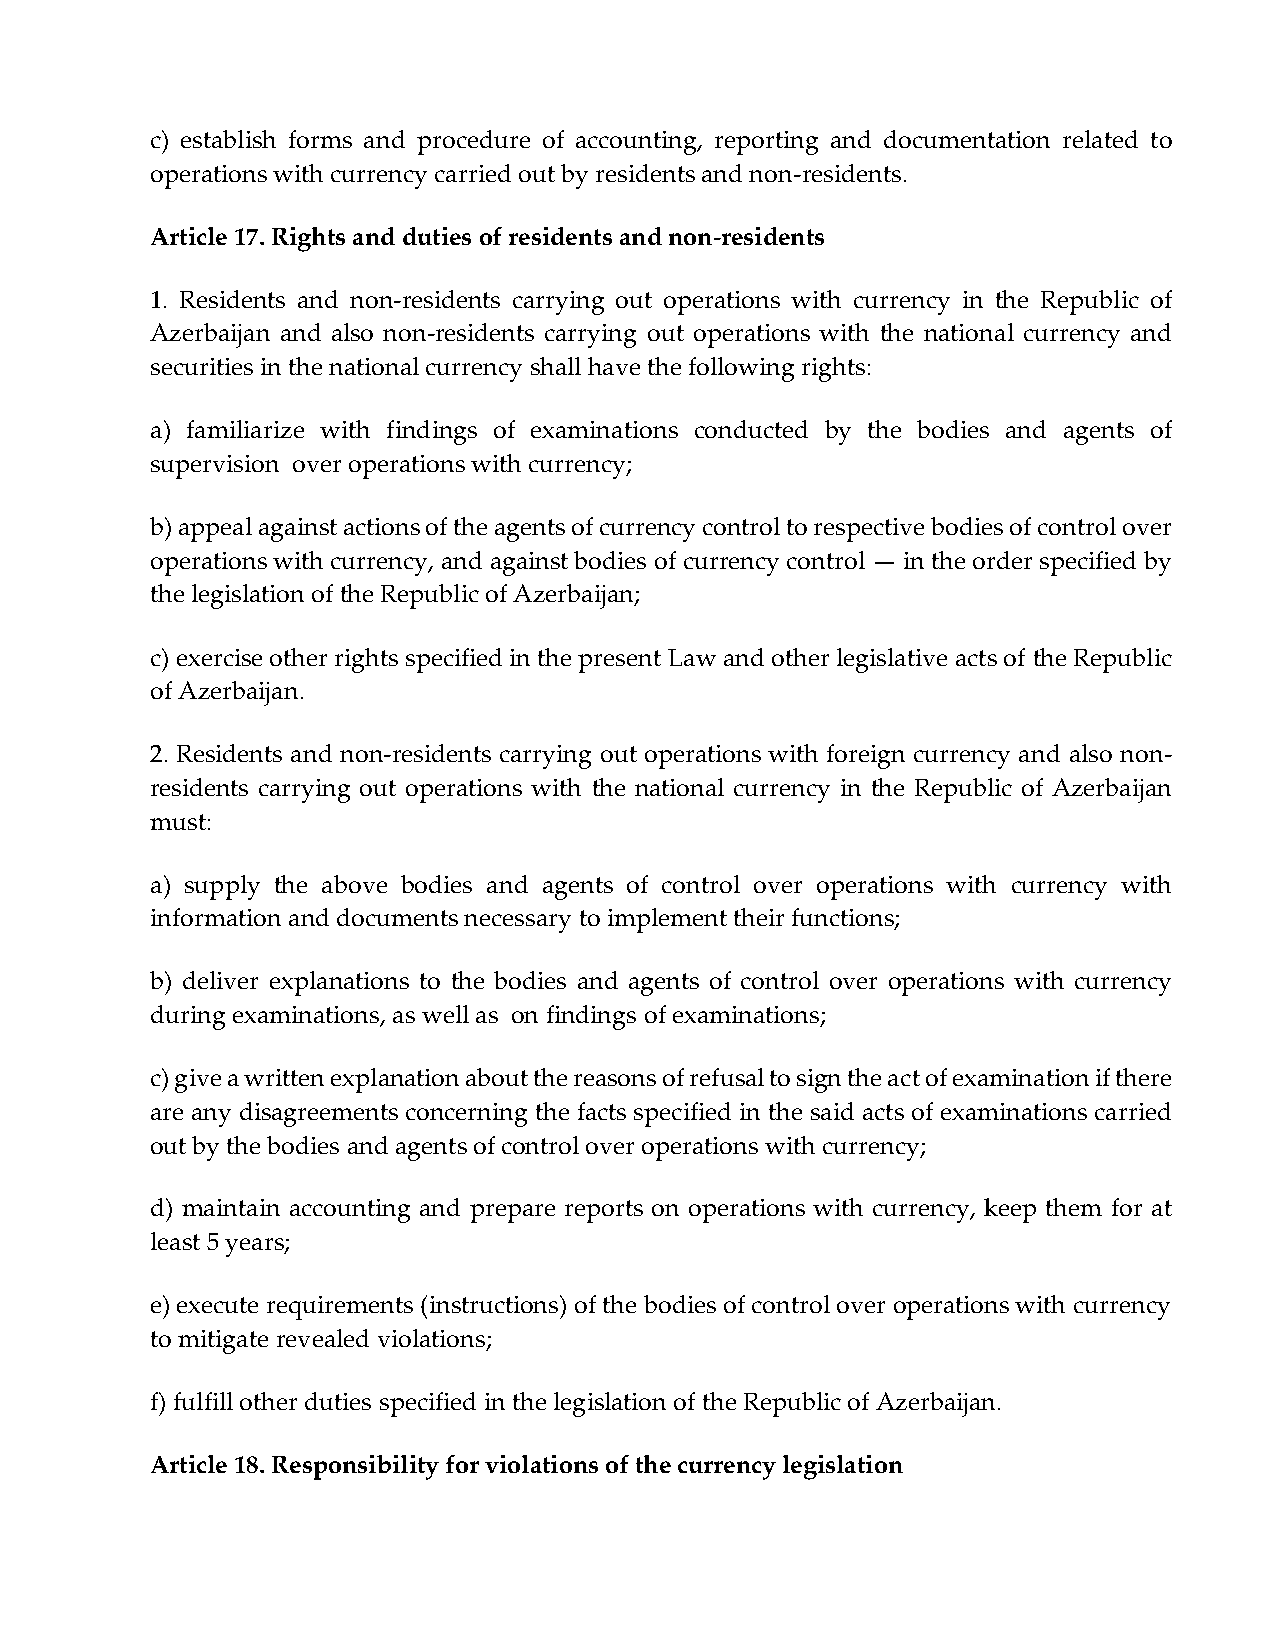
c) establish forms and procedure of accounting, reporting and documentation related to
 operations with currency carried out by residents and non-residents.
 Article 17. Rights and duties of residents and non-residents
 1. Residents and non-residents carrying out operations with currency in the Republic of
 Azerbaijan and also non-residents carrying out operations with the national currency and
 securities in the national currency shall have the following rights:
 a) familiarize with findings of examinations conducted by the bodies and agents of
 supervision over operations with currency;
 b) appeal against actions of the agents of currency control to respective bodies of control over
 operations with currency, and against bodies of currency control — in the order specified by
 the legislation of the Republic of Azerbaijan;
 c) exercise other rights specified in the present Law and other legislative acts of the Republic
 of Azerbaijan.
 2. Residents and non-residents carrying out operations with foreign currency and also non-
 residents carrying out operations with the national currency in the Republic of Azerbaijan
 must:
 a) supply the above bodies and agents of control over operations with currency with
 information and documents necessary to implement their functions;
 b) deliver explanations to the bodies and agents of control over operations with currency
 during examinations, as well as on findings of examinations;
 c) give a written explanation about the reasons of refusal to sign the act of examination if there
 are any disagreements concerning the facts specified in the said acts of examinations carried
 out by the bodies and agents of control over operations with currency;
 d) maintain accounting and prepare reports on operations with currency, keep them for at
 least 5 years;
 e) execute requirements (instructions) of the bodies of control over operations with currency
 to mitigate revealed violations;
 f) fulfill other duties specified in the legislation of the Republic of Azerbaijan.
 Article 18. Responsibility for violations of the currency legislation